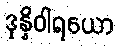
ဒုန္နိဝါရယော